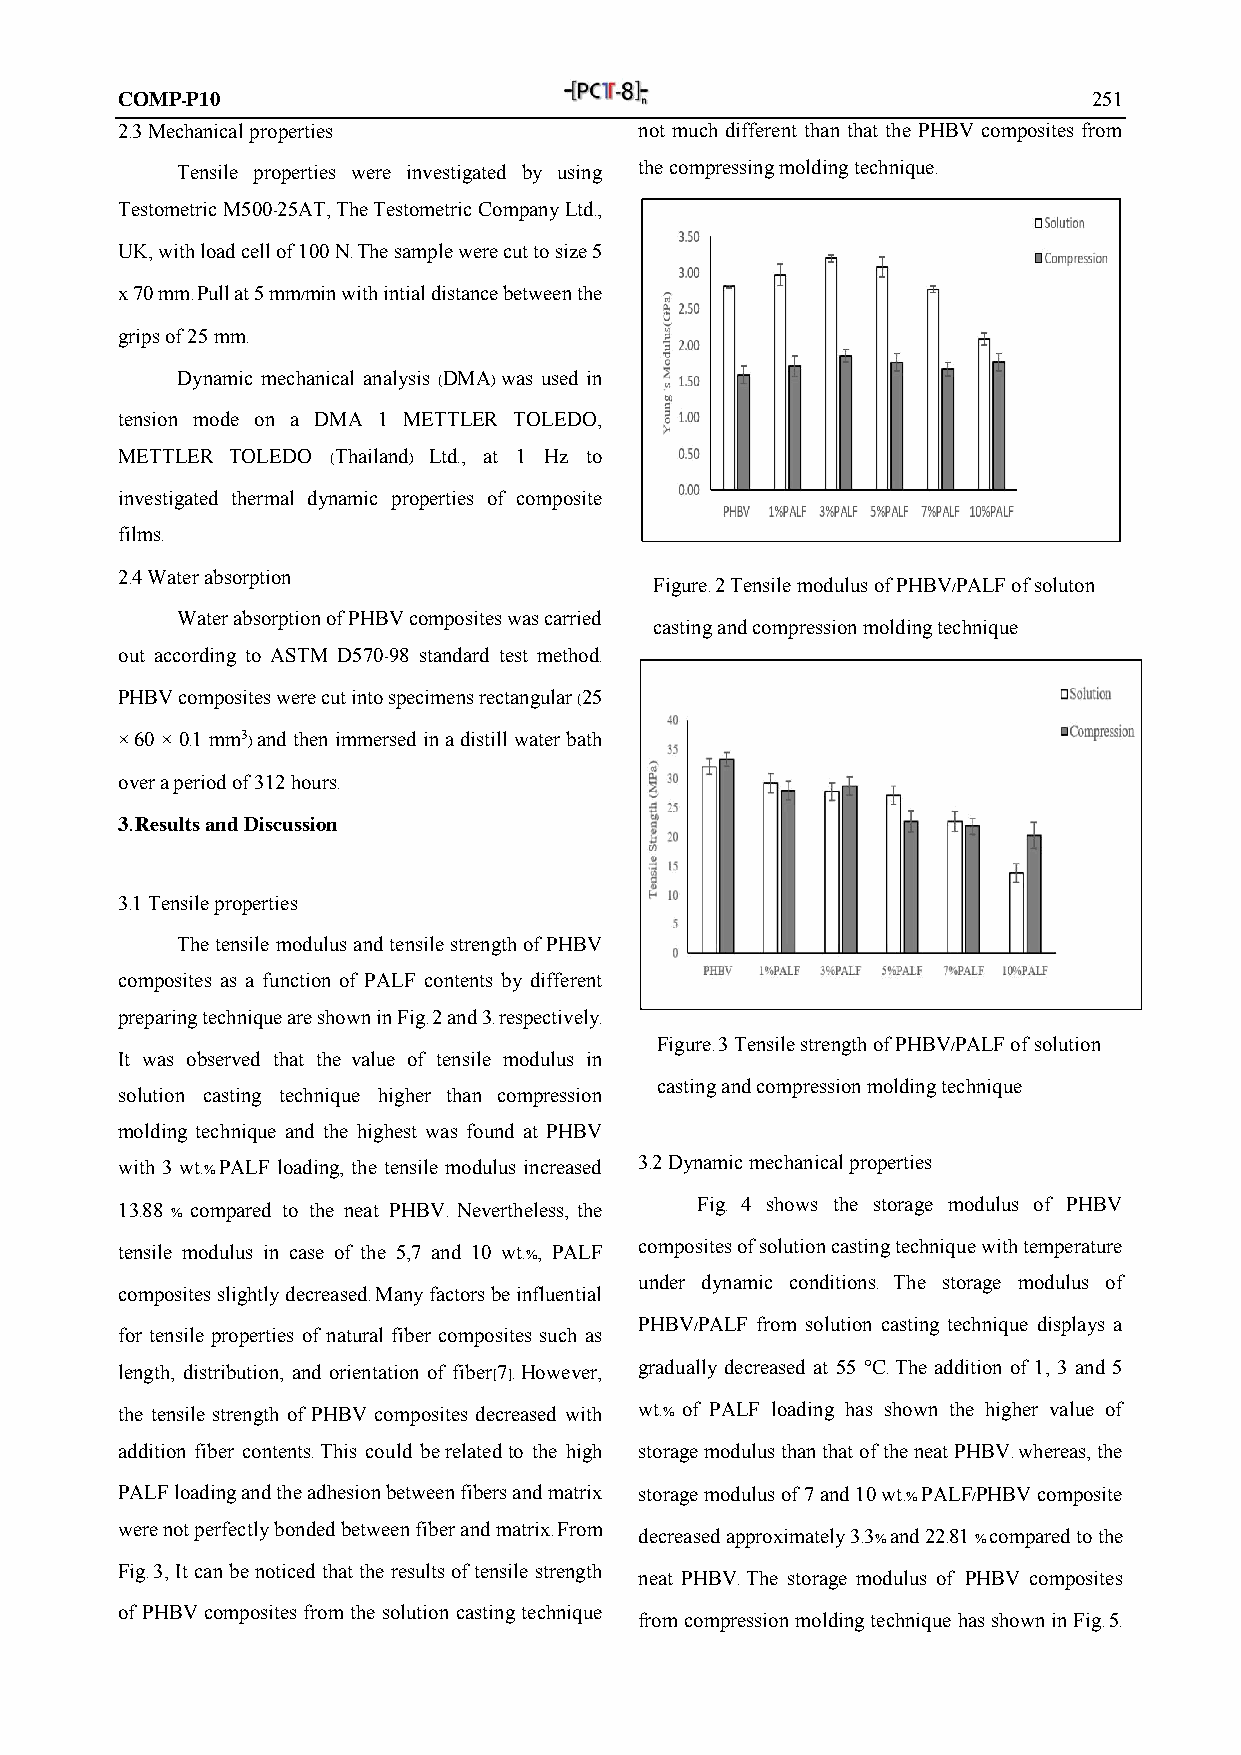
COMP-P10                                                        251
 2.3 Mechanical properties         not much different than that the PHBV composites from
 Tensile properties were investigated by using the compressing molding technique.
 Testometric M500-25AT, The Testometric Company Ltd.,
 UK, with load cell of 100 N. The sample were cut to size 5
 x 70 mm. Pull at 5 mm/min with intial distance between the
 grips of 25 mm.
 Dynamic mechanical analysis (DMA) was used in
 tension mode on a DMA 1 METTLER TOLEDO,
 METTLER TOLEDO (Thailand) Ltd., at 1 Hz to
 investigated thermal dynamic properties of composite
 films.
 2.4 Water absorption
 Figure. 2 Tensile modulus of PHBV/PALF of soluton
 Water absorption of PHBV composites was carried
 casting and compression molding technique
 out according to ASTM D570-98 standard test method.
 PHBV composites were cut into specimens rectangular (25
 × 60 × 0.1 mm3) and then immersed in a distill water bath
 over a period of 312 hours.
 3. Results and Discussion
 3.1 Tensile properties
 The tensile modulus and tensile strength of PHBV
 composites as a function of PALF contents by different
 preparing technique are shown in Fig. 2 and 3. respectively.
 Figure. 3 Tensile strength of PHBV/PALF of solution
 It was observed that the value of tensile modulus in
 casting and compression molding technique
 solution casting technique higher than compression
 molding technique and the highest was found at PHBV
 with 3 wt.% PALF loading, the tensile modulus increased 3.2 Dynamic mechanical properties
 13.88 % compared to the neat PHBV. Nevertheless, the Fig. 4 shows the storage modulus of PHBV
 tensile modulus in case of the 5,7 and 10 wt.%, PALF composites of solution casting technique with temperature
 under dynamic conditions. The storage modulus of
 composites slightly decreased. Many factors be influential
 PHBV/PALF from solution casting technique displays a
 for tensile properties of natural fiber composites such as
 length, distribution, and orientation of fiber[7]. However, gradually decreased at 55 °C. The addition of 1, 3 and 5
 the tensile strength of PHBV composites decreased with wt.% of PALF loading has shown the higher value of
 addition fiber contents. This could be related to the high storage modulus than that of the neat PHBV. whereas, the
 PALF loading and the adhesion between fibers and matrix storage modulus of 7 and 10 wt.% PALF/PHBV composite
 were not perfectly bonded between fiber and matrix. From
 decreased approximately 3.3% and 22.81 % compared to the
 Fig. 3, It can be noticed that the results of tensile strength
 neat PHBV. The storage modulus of PHBV composites
 of PHBV composites from the solution casting technique
 from compression molding technique has shown in Fig. 5.